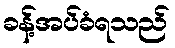
ခန့်အပ်ခံရသည်